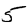
Digit: 5